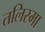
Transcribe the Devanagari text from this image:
तलिस्मा